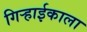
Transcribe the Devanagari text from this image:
गिऱ्हाईकाला